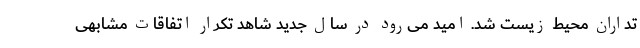
تداران محیط زیست شد. امید می‌رود در سال جدید شاهد تکرار اتفاقات مشابهی